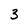
Character: 3